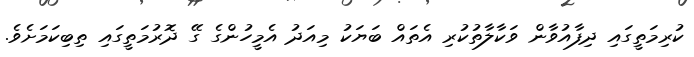
ކުރިމަތީގައި ދިފާއުވާން ވަކާލާތުކުރި އެތައް ބަޔަކު މިއަދު އެމީހުންގެ ގޭ ދޮރުމަތީގައި ތިބިކަމަށެވެ.